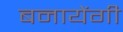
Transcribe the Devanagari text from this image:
बनायेंगी